Source: Handwritten
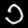
Digit: ၁ (1)